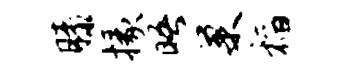
膝掾晤巢稻